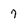
Character: 7